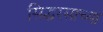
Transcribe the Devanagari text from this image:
सिद्धरसाच्या